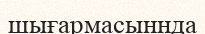
шығармасыннда